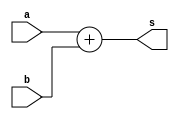
module adder16bit(input [15:0] a, input [15:0] b, output [15:0] s);

assign s = a + b;

endmodule